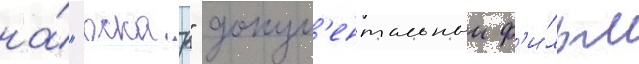
на́ "оскар" докум'ентальныи ф'и́льм